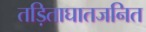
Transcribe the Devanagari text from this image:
तड़िताघातजनित